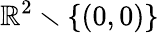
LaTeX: \mathbb{R}^{2}\smallsetminus\{ (0,0)\}